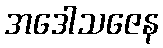
အဒေါသဇေန